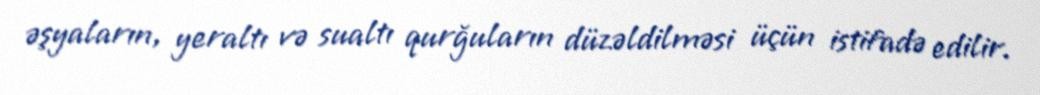
əşyaların, yeraltı və sualtı qurğuların düzəldilməsi üçün istifadə edilir.